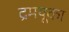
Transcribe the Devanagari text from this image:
द्रमयूका